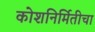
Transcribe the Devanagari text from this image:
कोशनिर्मितीचा